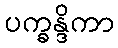
ပက္ခန္ဒိကာ